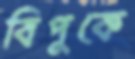
বিপুকে